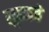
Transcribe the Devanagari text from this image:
लुढकते